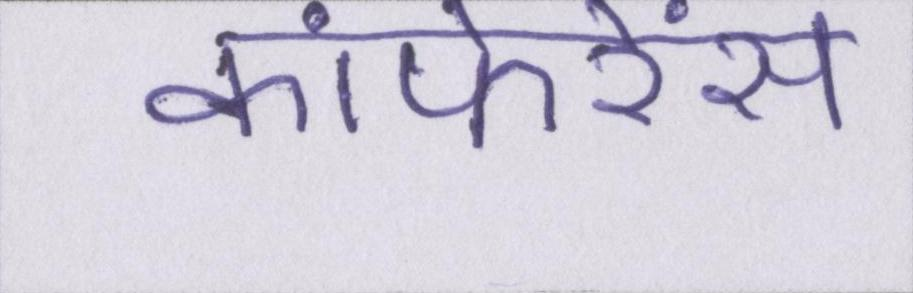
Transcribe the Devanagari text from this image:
कांफेरेंस